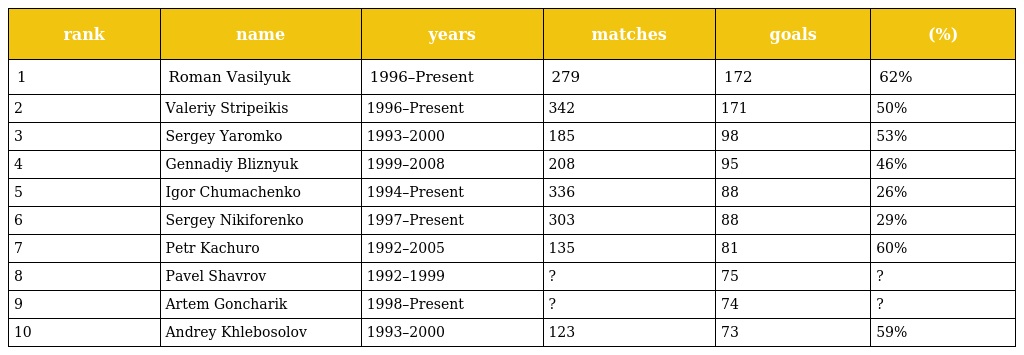
| rank | name | years | matches | goals | (%) |
 | --- | --- | --- | --- | --- | --- |
 | 1 | Roman Vasilyuk | 1996–Present | 279 | 172 | 62% |
 | 2 | Valeriy Stripeikis | 1996–Present | 342 | 171 | 50% |
 | 3 | Sergey Yaromko | 1993–2000 | 185 | 98 | 53% |
 | 4 | Gennadiy Bliznyuk | 1999–2008 | 208 | 95 | 46% |
 | 5 | Igor Chumachenko | 1994–Present | 336 | 88 | 26% |
 | 6 | Sergey Nikiforenko | 1997–Present | 303 | 88 | 29% |
 | 7 | Petr Kachuro | 1992–2005 | 135 | 81 | 60% |
 | 8 | Pavel Shavrov | 1992–1999 | ? | 75 | ? |
 | 9 | Artem Goncharik | 1998–Present | ? | 74 | ? |
 | 10 | Andrey Khlebosolov | 1993–2000 | 123 | 73 | 59% |